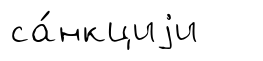
са́нкциjи